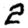
Digit: 2